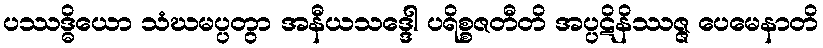
ပဿဒ္ဓိယော သံဃမပ္ပတွာ အနီယသဒ္ဒေါ ပရိစ္စဇတီတိ အပ္ပဋိနိဿဇ္ဇ ပေမေနာတိ